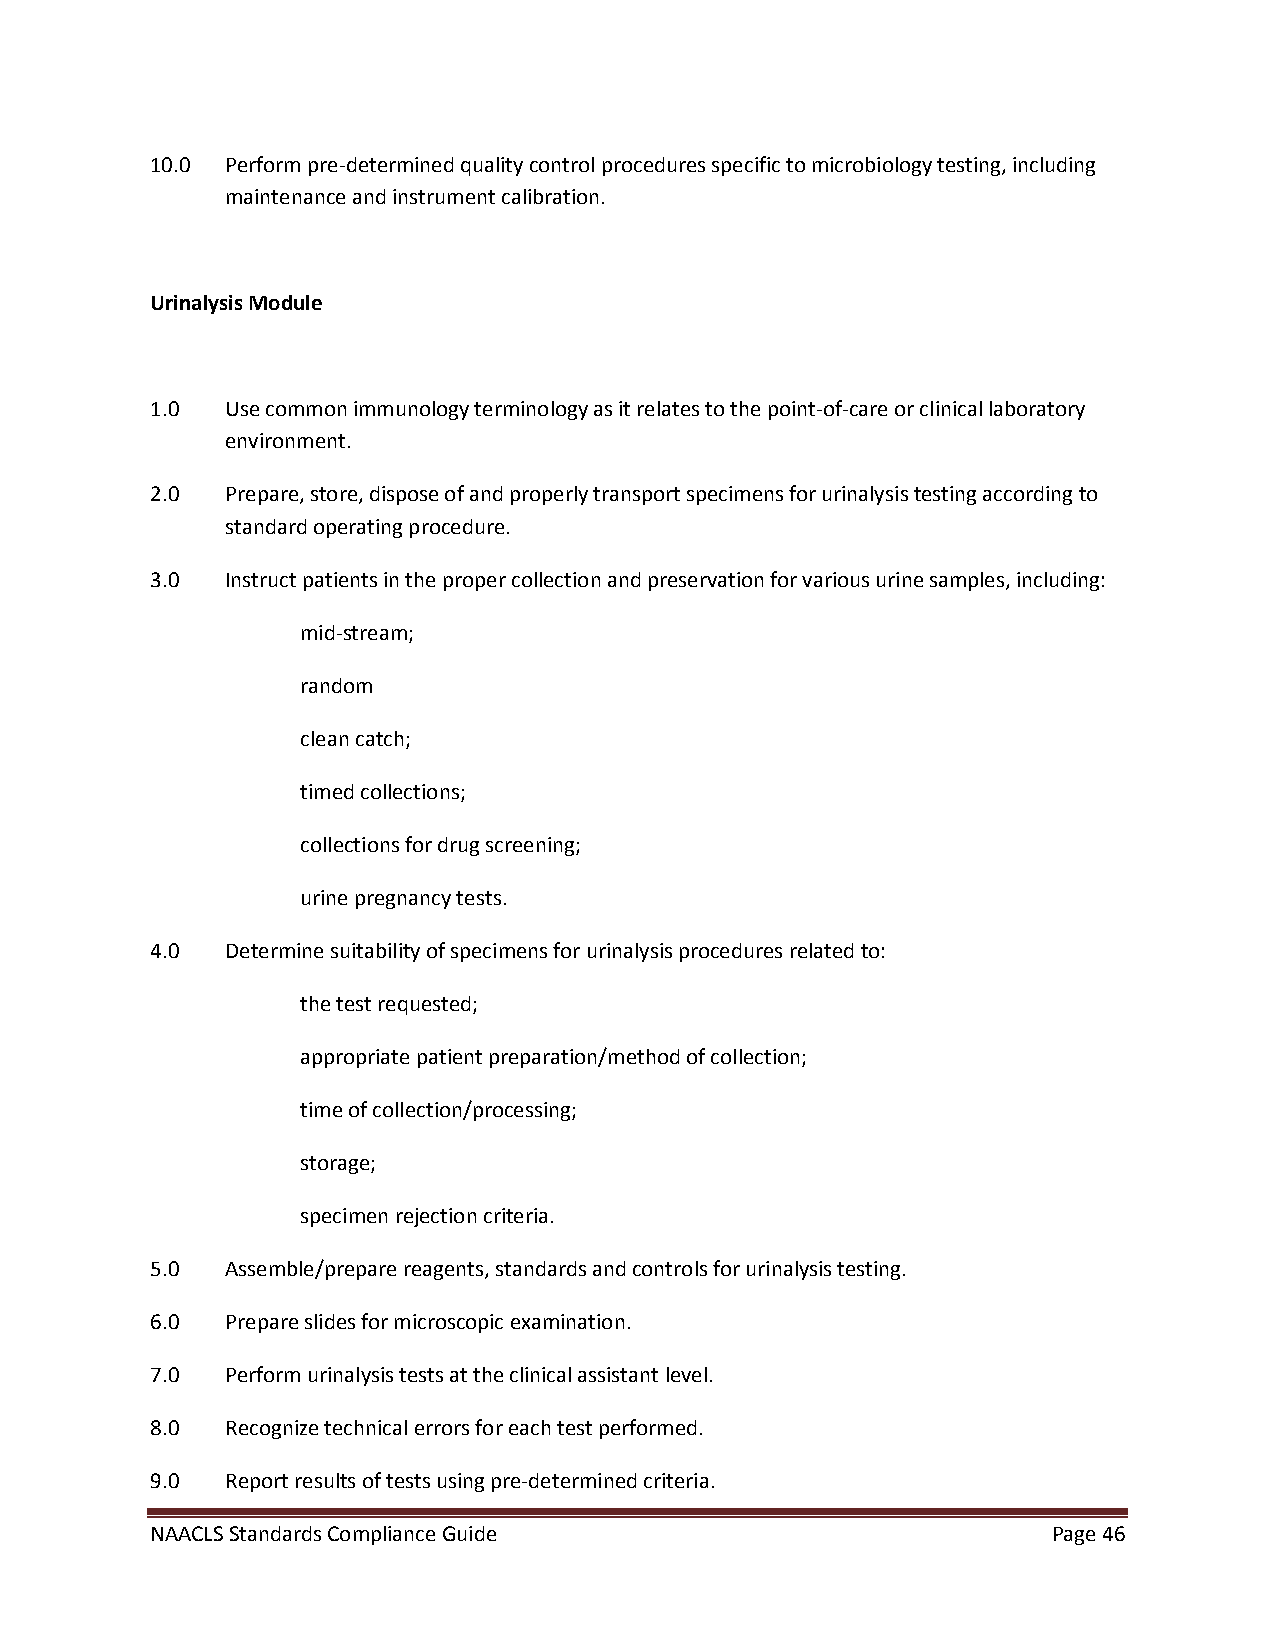
10.0 Perform pre-determined quality control procedures specific to microbiology testing, including
 maintenance and instrument calibration.
 Urinalysis Module
 1.0  Use common immunology terminology as it relates to the point-of-care or clinical laboratory
 environment.
 2.0  Prepare, store, dispose of and properly transport specimens for urinalysis testing according to
 standard operating procedure.
 3.0  Instruct patients in the proper collection and preservation for various urine samples, including:
 mid-stream;
 random
 clean catch;
 timed collections;
 collections for drug screening;
 urine pregnancy tests.
 4.0  Determine suitability of specimens for urinalysis procedures related to:
 the test requested;
 appropriate patient preparation/method of collection;
 time of collection/processing;
 storage;
 specimen rejection criteria.
 5.0  Assemble/prepare reagents, standards and controls for urinalysis testing.
 6.0  Prepare slides for microscopic examination.
 7.0  Perform urinalysis tests at the clinical assistant level.
 8.0  Recognize technical errors for each test performed.
 9.0  Report results of tests using pre-determined criteria.
 NAACLS Standards Compliance Guide                           Page 46